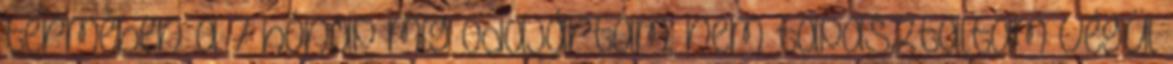
termében a 7 hónap míg odajártam, nem tapasztaltam Végül